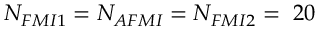
N _ { F M I 1 } = N _ { A F M I } = N _ { F M I 2 } = \ 2 0